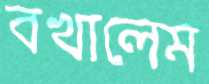
বখালেম